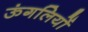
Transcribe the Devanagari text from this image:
ऊंगलियों